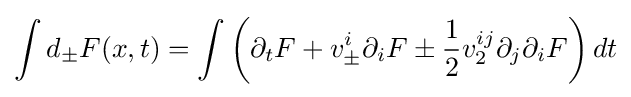
\int d_{\pm }F(x,t)=\int \left(\partial _{t}F+v_{\pm }^{i}\partial _{i}F\pm {\frac {1}{2}}v_{2}^{ij}\partial _{j}\partial _{i}F\right)dt